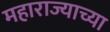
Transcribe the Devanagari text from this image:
महाराज्याच्या